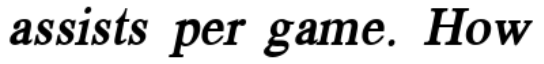
assists per game. How